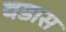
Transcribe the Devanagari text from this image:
वडास